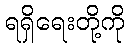
ရရှိရေးတို့ကို